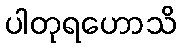
ပါတုရဟောသိ